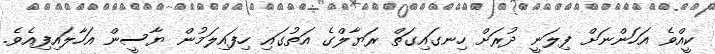
ކީއްވެ އަހަންނަށް ފިލަނީ ދުރަށް ހިނގައިގަތް ރަޔާލްގެ އަތުގައި ހިފައިލަމުން ޔާސީން އަހާލައިފިއެވެ.